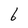
Character: 6